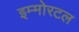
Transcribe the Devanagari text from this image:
इम्मोरटल